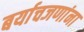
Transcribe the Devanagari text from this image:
बर्याचजणांना